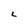
Character: L